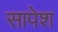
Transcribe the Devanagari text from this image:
सापेश